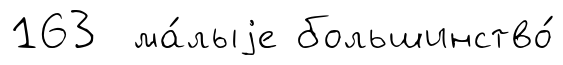
163 ма́лыjе большинство́